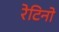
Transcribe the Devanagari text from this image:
रेटिनो